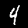
Digit: 4